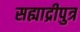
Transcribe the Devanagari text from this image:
सह्याद्रीपुत्र